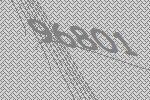
96801